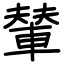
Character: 輦